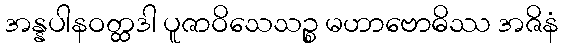
အန္နပါနဝတ္ထဒါ ပူဇာဝိသေသဉ္စ မဟာဗောဓိဿ အဇိနံ